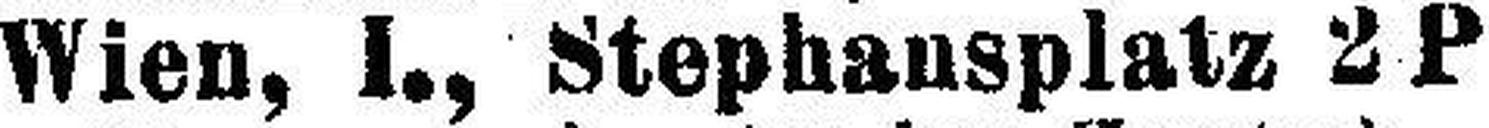
Wien, I., Stephansplatz 2 P